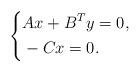
LaTeX: \begin{align*}\left\{ \begin{aligned} &Ax+B^{T}y=0,\\& -Cx=0.\end{aligned} \right.\end{align*}